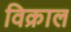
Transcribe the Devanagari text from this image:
विक्राल